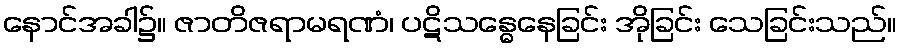
နောင်အခါ၌။ ဇာတိဇရာမရဏံ၊ ပဋိသန္ဓေနေခြင်း အိုခြင်း သေခြင်းသည်။